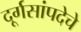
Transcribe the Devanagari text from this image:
दूर्गसांपदेचे